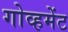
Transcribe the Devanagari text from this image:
गोव्हमेंट